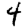
Digit: 4